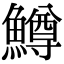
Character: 鱒